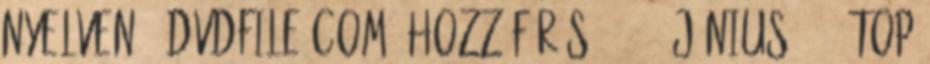
nyelven . dvdfile.com. Hozzáférés: 2011. június 1. ↑ Top